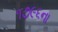
૧૭૯૬ના